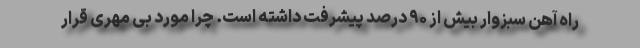
راه آهن سبزوار بیش از ۹۰ درصد پیشرفت داشته است. چرا مورد بی مهری قرار